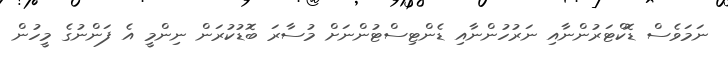
ނަމަވެސް ޑޮކްޓަރުންނާއި ނަރުހުންނާއި ޑެންޓިސްޓުންނަށް މުސާރަ ބޮޑުކުރަން ނިންމީ އެ ފަންނުގެ މީހުން